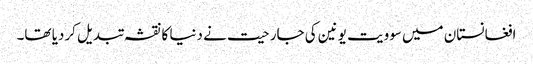
افغانستان میں سوویت یونین کی جارحیت نے دنیا کا نقشہ تبدیل کردیا تھا۔